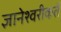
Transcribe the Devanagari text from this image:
ज्ञानेश्वरीकर्ते